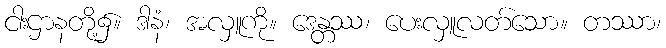
ငါးဌာနတို့၌။ ဒါနံ၊ အလှူကို။ ဒေန္တဿ၊ ပေးလှူလတ်သော။ တဿာ၊